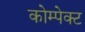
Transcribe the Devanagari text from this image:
कोम्पेक्ट